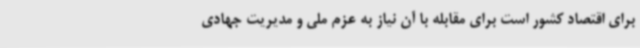
برای اقتصاد کشور است برای مقابله با آن نیاز به عزم ملی و مدیریت جهادی